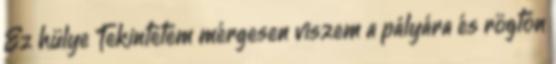
Ez hülye Tekintetem mérgesen viszem a pályára és rögtön